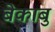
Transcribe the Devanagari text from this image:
बेकाबु